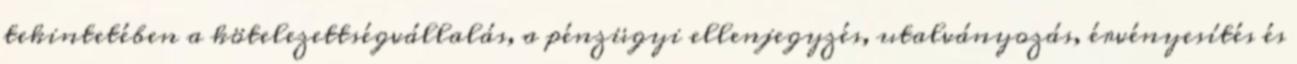
tekintetében a kötelezettségvállalás, a pénzügyi ellenjegyzés, utalványozás, érvényesítés és